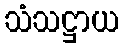
သံသဋ္ဌာယ